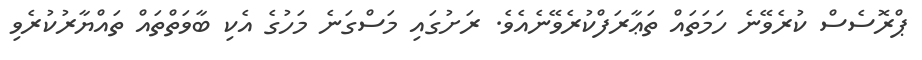
ޕްރޮސެސް ކުރެވޭނެ ހަމަތައް ތަޢާރަފްކުރެވޭނެއެވެ. ރަށުގައި މަސްގަނެ މަހުގެ އެކި ބާވަތްތައް ތައްޔާރުކުރެވި